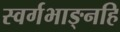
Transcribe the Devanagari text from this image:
स्वर्गभाङ्नहि